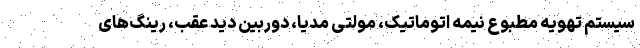
سیستم تهویه مطبوع نیمه اتوماتیک، مولتی مدیا، دوربین دید عقب، رینگ‌های